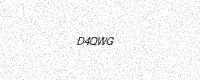
Text: D4QWG